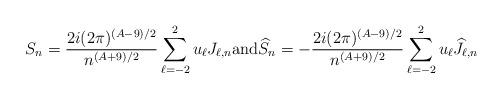
LaTeX: \begin{align*}S_n=\frac{2i(2\pi)^{(A-9)/2}}{n^{(A+9)/2}}\sum_{\ell=-2}^2 u_\ell J_{\ell,n} \textup{and} \widehat{S}_n=-\frac{2i(2\pi)^{(A-9)/2}}{n^{(A+9)/2}}\sum_{\ell=-2}^2 u_\ell \widehat{J}_{\ell,n}\end{align*}